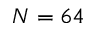
N = 6 4